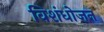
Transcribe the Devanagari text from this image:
विशंधोजन